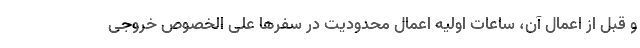
و قبل از اعمال آن، ساعات اولیه اعمال محدودیت در سفرها علی الخصوص خروجی